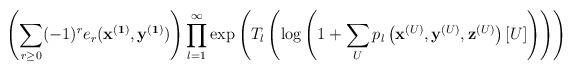
LaTeX: \begin{align*}\left(\sum_{r \geq 0} (-1)^r e_r(\mathbf{x}^{(\mathbf{1})},\mathbf{y}^{(\mathbf{1})}) \right)\prod_{l=1}^{\infty}\exp \left(T_l \left( \log \left(1 + \sum_{U} p_l\left(\mathbf{x}^{(U)},\mathbf{y}^{(U)},\mathbf{z}^{(U)}\right)[U]\right) \right) \right) \end{align*}